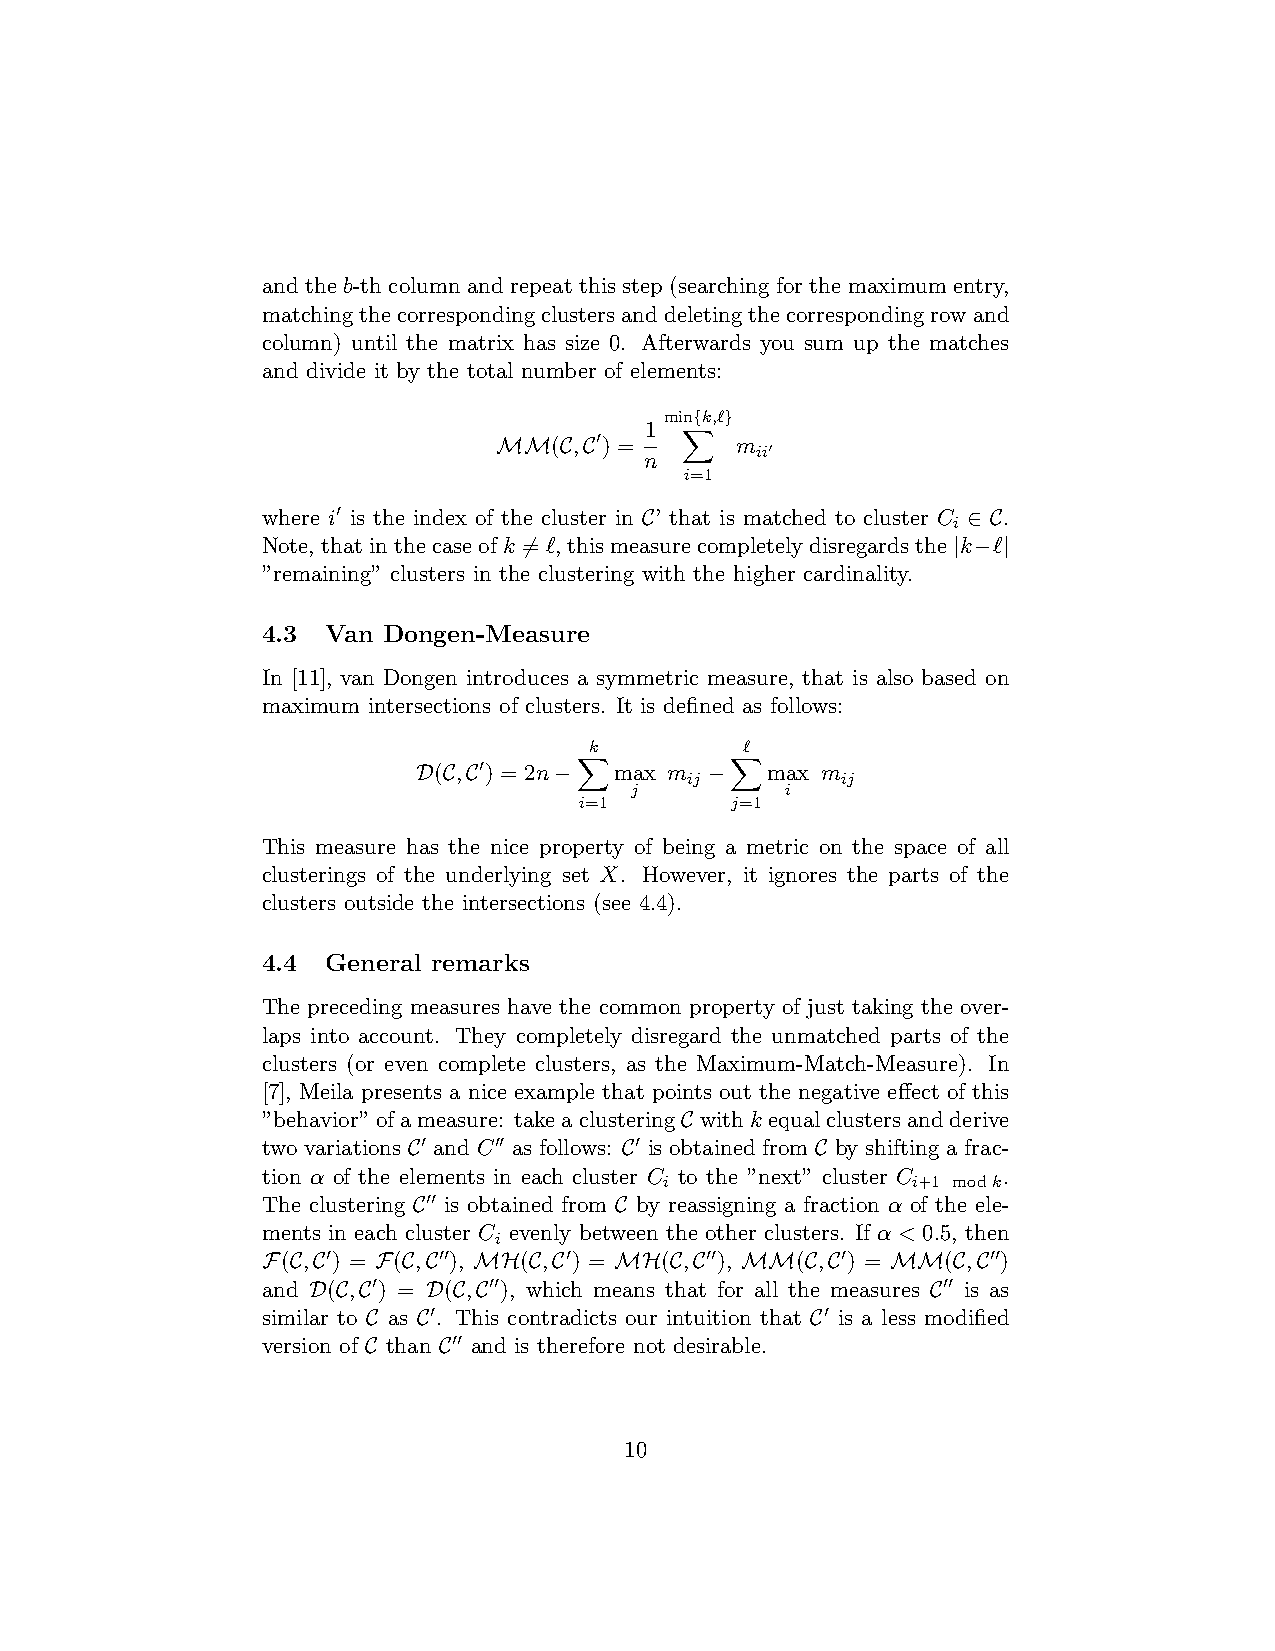
and the b-th column and repeat this step (searching for the maximum entry,
 matchingthecorrespondingclustersanddeletingthecorrespondingrowand
 column) until the matrix has size 0. Afterwards you sum up the matches
 and divide it by the total number of elements:
 min{k,‘}
 1 X
 MM(C,C0) =      m
 ii0
 n
 i=1
 where i0 is the index of the cluster in C’ that is matched to cluster C ∈ C.
 i
 Note, thatinthecaseofk 6= ‘, thismeasurecompletelydisregardsthe|k−‘|
 ”remaining” clusters in the clustering with the higher cardinality.
 4.3  Van Dongen-Measure
 In [11], van Dongen introduces a symmetric measure, that is also based on
 maximum intersections of clusters. It is defined as follows:
 k         ‘
 X         X
 D(C,C0) = 2n− max m −  max m
 ij        ij
 j         i
 i=1       j=1
 This measure has the nice property of being a metric on the space of all
 clusterings of the underlying set X. However, it ignores the parts of the
 clusters outside the intersections (see 4.4).
 4.4  General remarks
 The preceding measures have the common property of just taking the over-
 laps into account. They completely disregard the unmatched parts of the
 clusters (or even complete clusters, as the Maximum-Match-Measure). In
 [7], Meila presents a nice example that points out the negative effect of this
 ”behavior”ofameasure: takeaclusteringC withk equalclustersandderive
 two variations C0 and C00 as follows: C0 is obtained from C by shifting a frac-
 tion α of the elements in each cluster C to the ”next” cluster C .
 i               i+1 modk
 The clustering C00 is obtained from C by reassigning a fraction α of the ele-
 ments in each cluster C evenly between the other clusters. If α < 0.5, then
 i
 F(C,C0) = F(C,C00), MH(C,C0) = MH(C,C00), MM(C,C0) = MM(C,C00)
 and D(C,C0) = D(C,C00), which means that for all the measures C00 is as
 similar to C as C0. This contradicts our intuition that C0 is a less modified
 version of C than C00 and is therefore not desirable.
 10